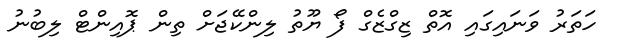
ހަތަރު ވަނައިގައި އޮތް ޒިގްޒެގް ފޯ ޔޫތު ލިންކޭޖަށް ތިން ޕޮއިންޓް ލިބުނު